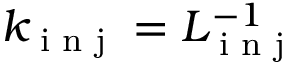
k _ { \textrm { i n j } } = L _ { \textrm { i n j } } ^ { - 1 }